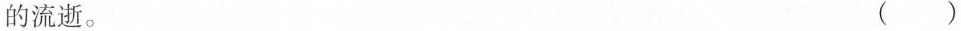
的流逝。 ( )